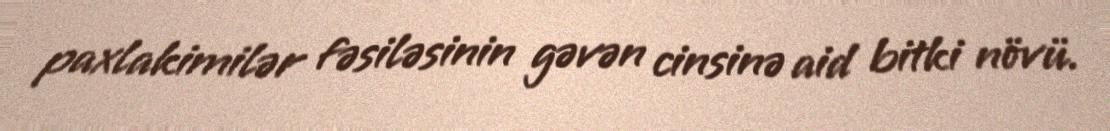
paxlakimilər fəsiləsinin gəvən cinsinə aid bitki növü.